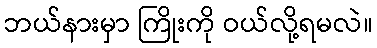
ဘယ်နားမှာ ကြိုးကို ဝယ်လို့ရမလဲ။